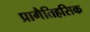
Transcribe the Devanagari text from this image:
प्रागैतिहसिक